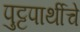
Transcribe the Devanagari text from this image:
पुट्टपार्थीचे